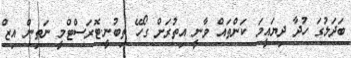
ބަދަލުގަ ހުދާ ދިޔައީމަ ކަންތައް ވާނީ އިތުރަށް ގޯހޭ ތިބުނީ.ޓޮރަސްޓްމީ ނަތިން އިޒް